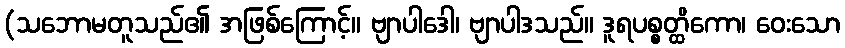
(သဘောမတူသည်၏ အဖြစ်ကြောင့်။ ဗျာပါဒေါ၊ ဗျာပါဒသည်။ ဒူရပစ္စတ္ထိကော၊ ဝေးသော